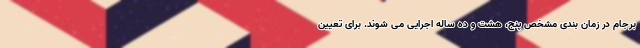
برجام در زمان بندی مشخص پنج، هشت و ده ساله اجرایی می شوند. برای تعیین